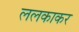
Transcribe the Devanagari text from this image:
ललकाकर